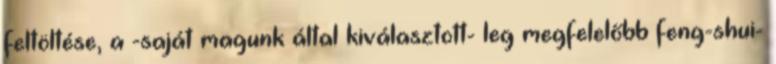
feltöltése, a -saját magunk által kiválasztott- leg megfelelőbb feng-shui-